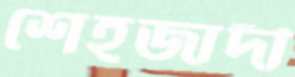
শেহজাদী